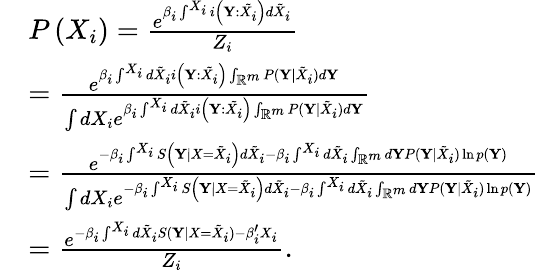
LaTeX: \begin{array}{rl}&{P\left(X_{i}\right)=\frac{e^{\beta_{i}\int^{X_{i}}i\left(\mathbf{Y}:\tilde{X_{i}}\right)d\tilde{X}_{i}}}{Z_{i}}}\\ &{=\frac{e^{\beta_{i}\int^{X_{i}}d\tilde{X}_{i}i\left(\mathbf{Y}:\tilde{X_{i}}\right)\int_{\mathbb{R}^{m}}{P(\mathbf{Y}|\tilde{X}_{i})d\mathbf{Y}}}}{\int dX_{i}e^{\beta_{i}\int^{X_{i}}d\tilde{X}_{i}i\left(\mathbf{Y}:\tilde{X_{i}}\right)\int_{\mathbb{R}^{m}}{P(\mathbf{Y}|\tilde{X}_{i})d\mathbf{Y}}}}}\\ &{=\frac{e^{-\beta_{i}\int^{X_{i}}S\left(\mathbf{Y}\mid X=\tilde{X}_{i}\right)d\tilde{X}_{i}-\beta_{i}\int^{X_{i}}d\tilde{X}_{i}\int_{\mathbb{R}^{m}}d\mathbf{Y}P(\mathbf{Y}|\tilde{X}_{i})\ln p(\mathbf{Y})}}{\int dX_{i}e^{-\beta_{i}\int^{X_{i}}S\left(\mathbf{Y}\mid X=\tilde{X}_{i}\right)d\tilde{X}_{i}-\beta_{i}\int^{X_{i}}d\tilde{X}_{i}\int_{\mathbb{R}^{m}}d\mathbf{Y}P(\mathbf{Y}|\tilde{X}_{i})\ln p(\mathbf{Y})}}}\\ &{=\frac{e^{-\beta_{i}\int^{X_{i}}d\tilde{X}_{i}S(\mathbf{Y}|X=\tilde{X}_{i})-\beta_{i}^{\prime}X_{i}}}{Z_{i}}.}\end{array}